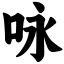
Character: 咏